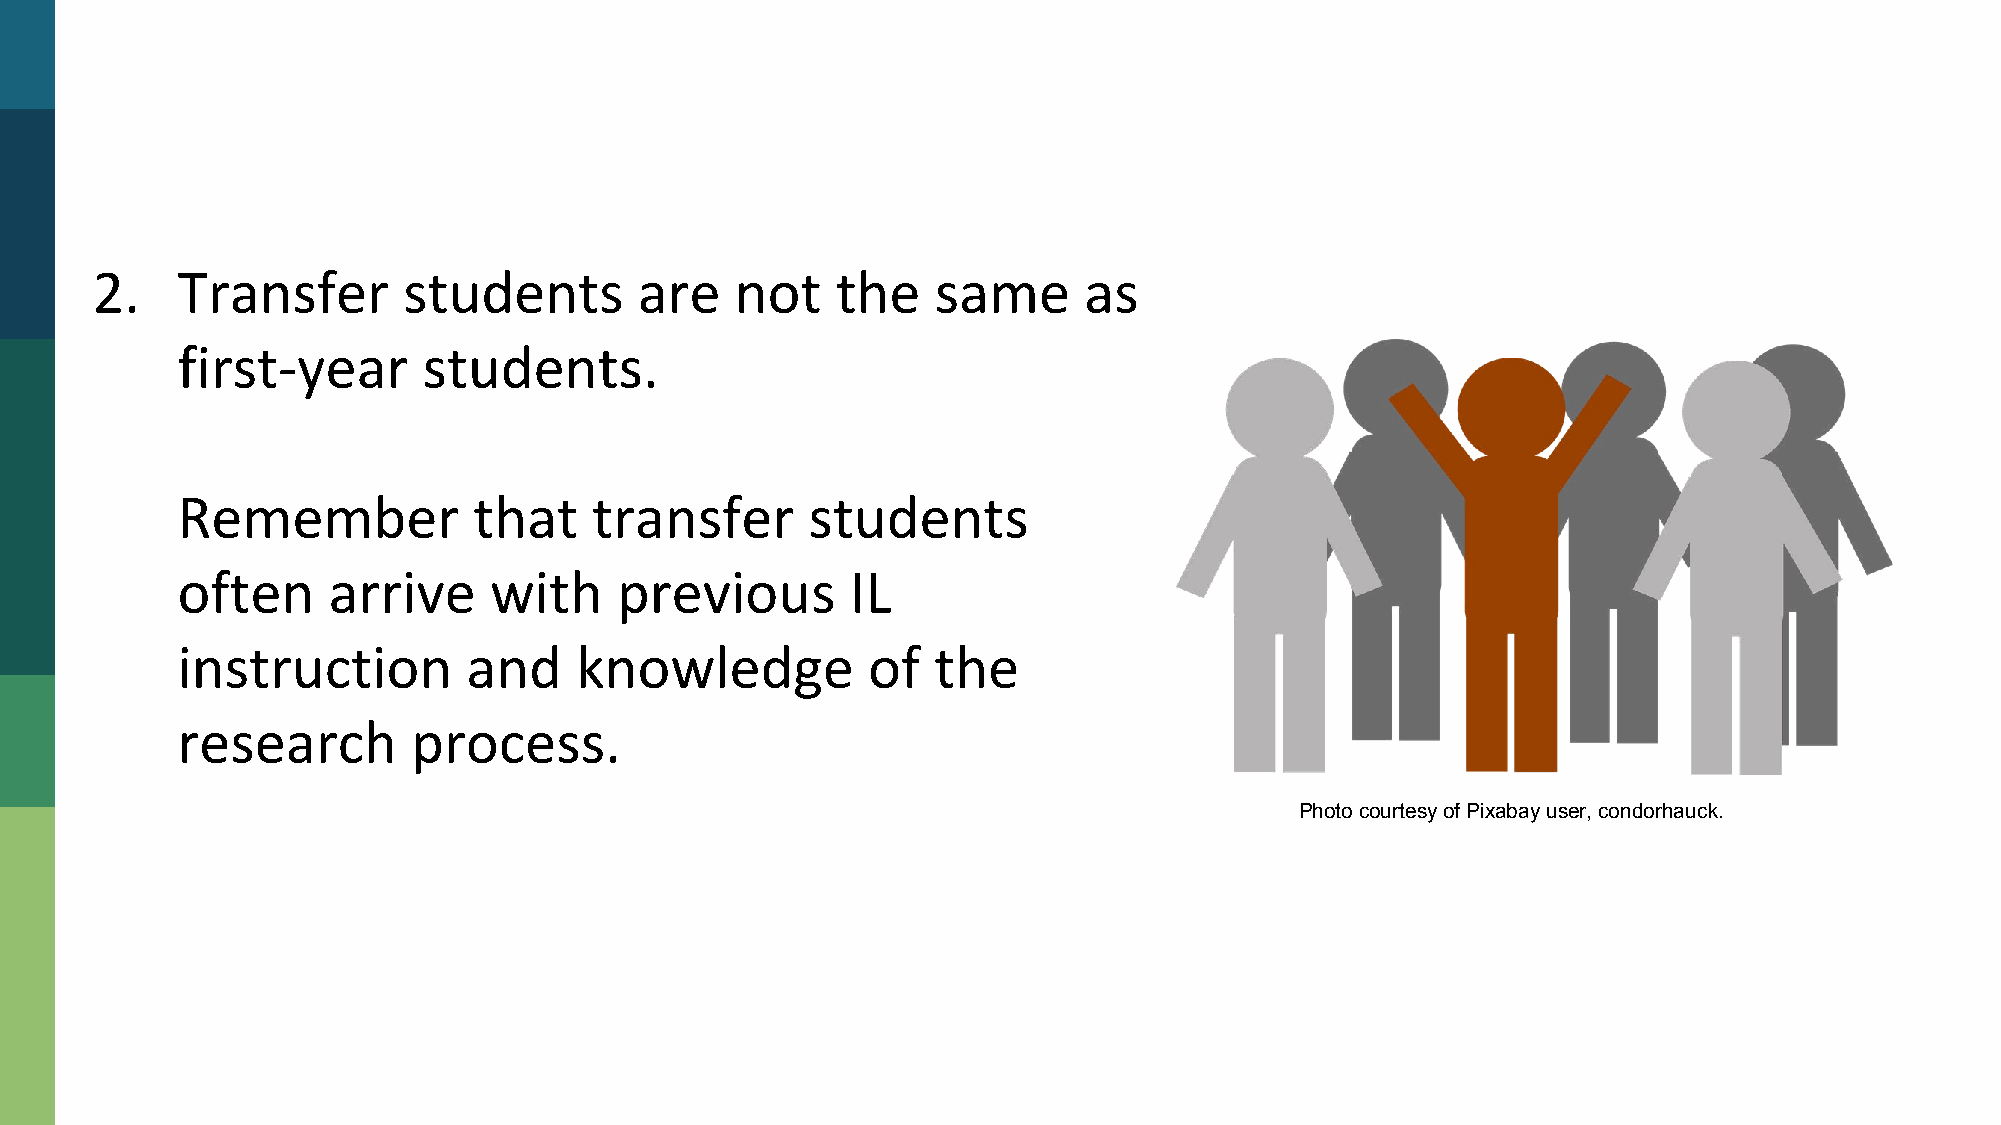
What       Should       We     Do?
 Photo courtesy of Pixabay user, condorhauck.